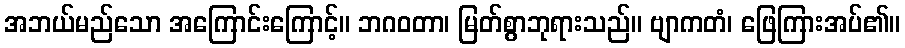
အဘယ်မည်သော အကြောင်းကြောင့်။ ဘဂဝတာ၊ မြတ်စွာဘုရားသည်။ ဗျာကတံ၊ ဖြေကြားအပ်၏။